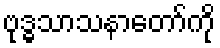
ဗုဒ္ဓသာသနာတော်ကို